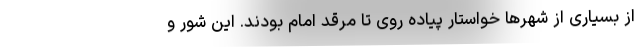
از بسیاری از شهرها خواستار پیاده روی تا مرقد امام بودند. این شور و